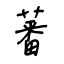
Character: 蕃